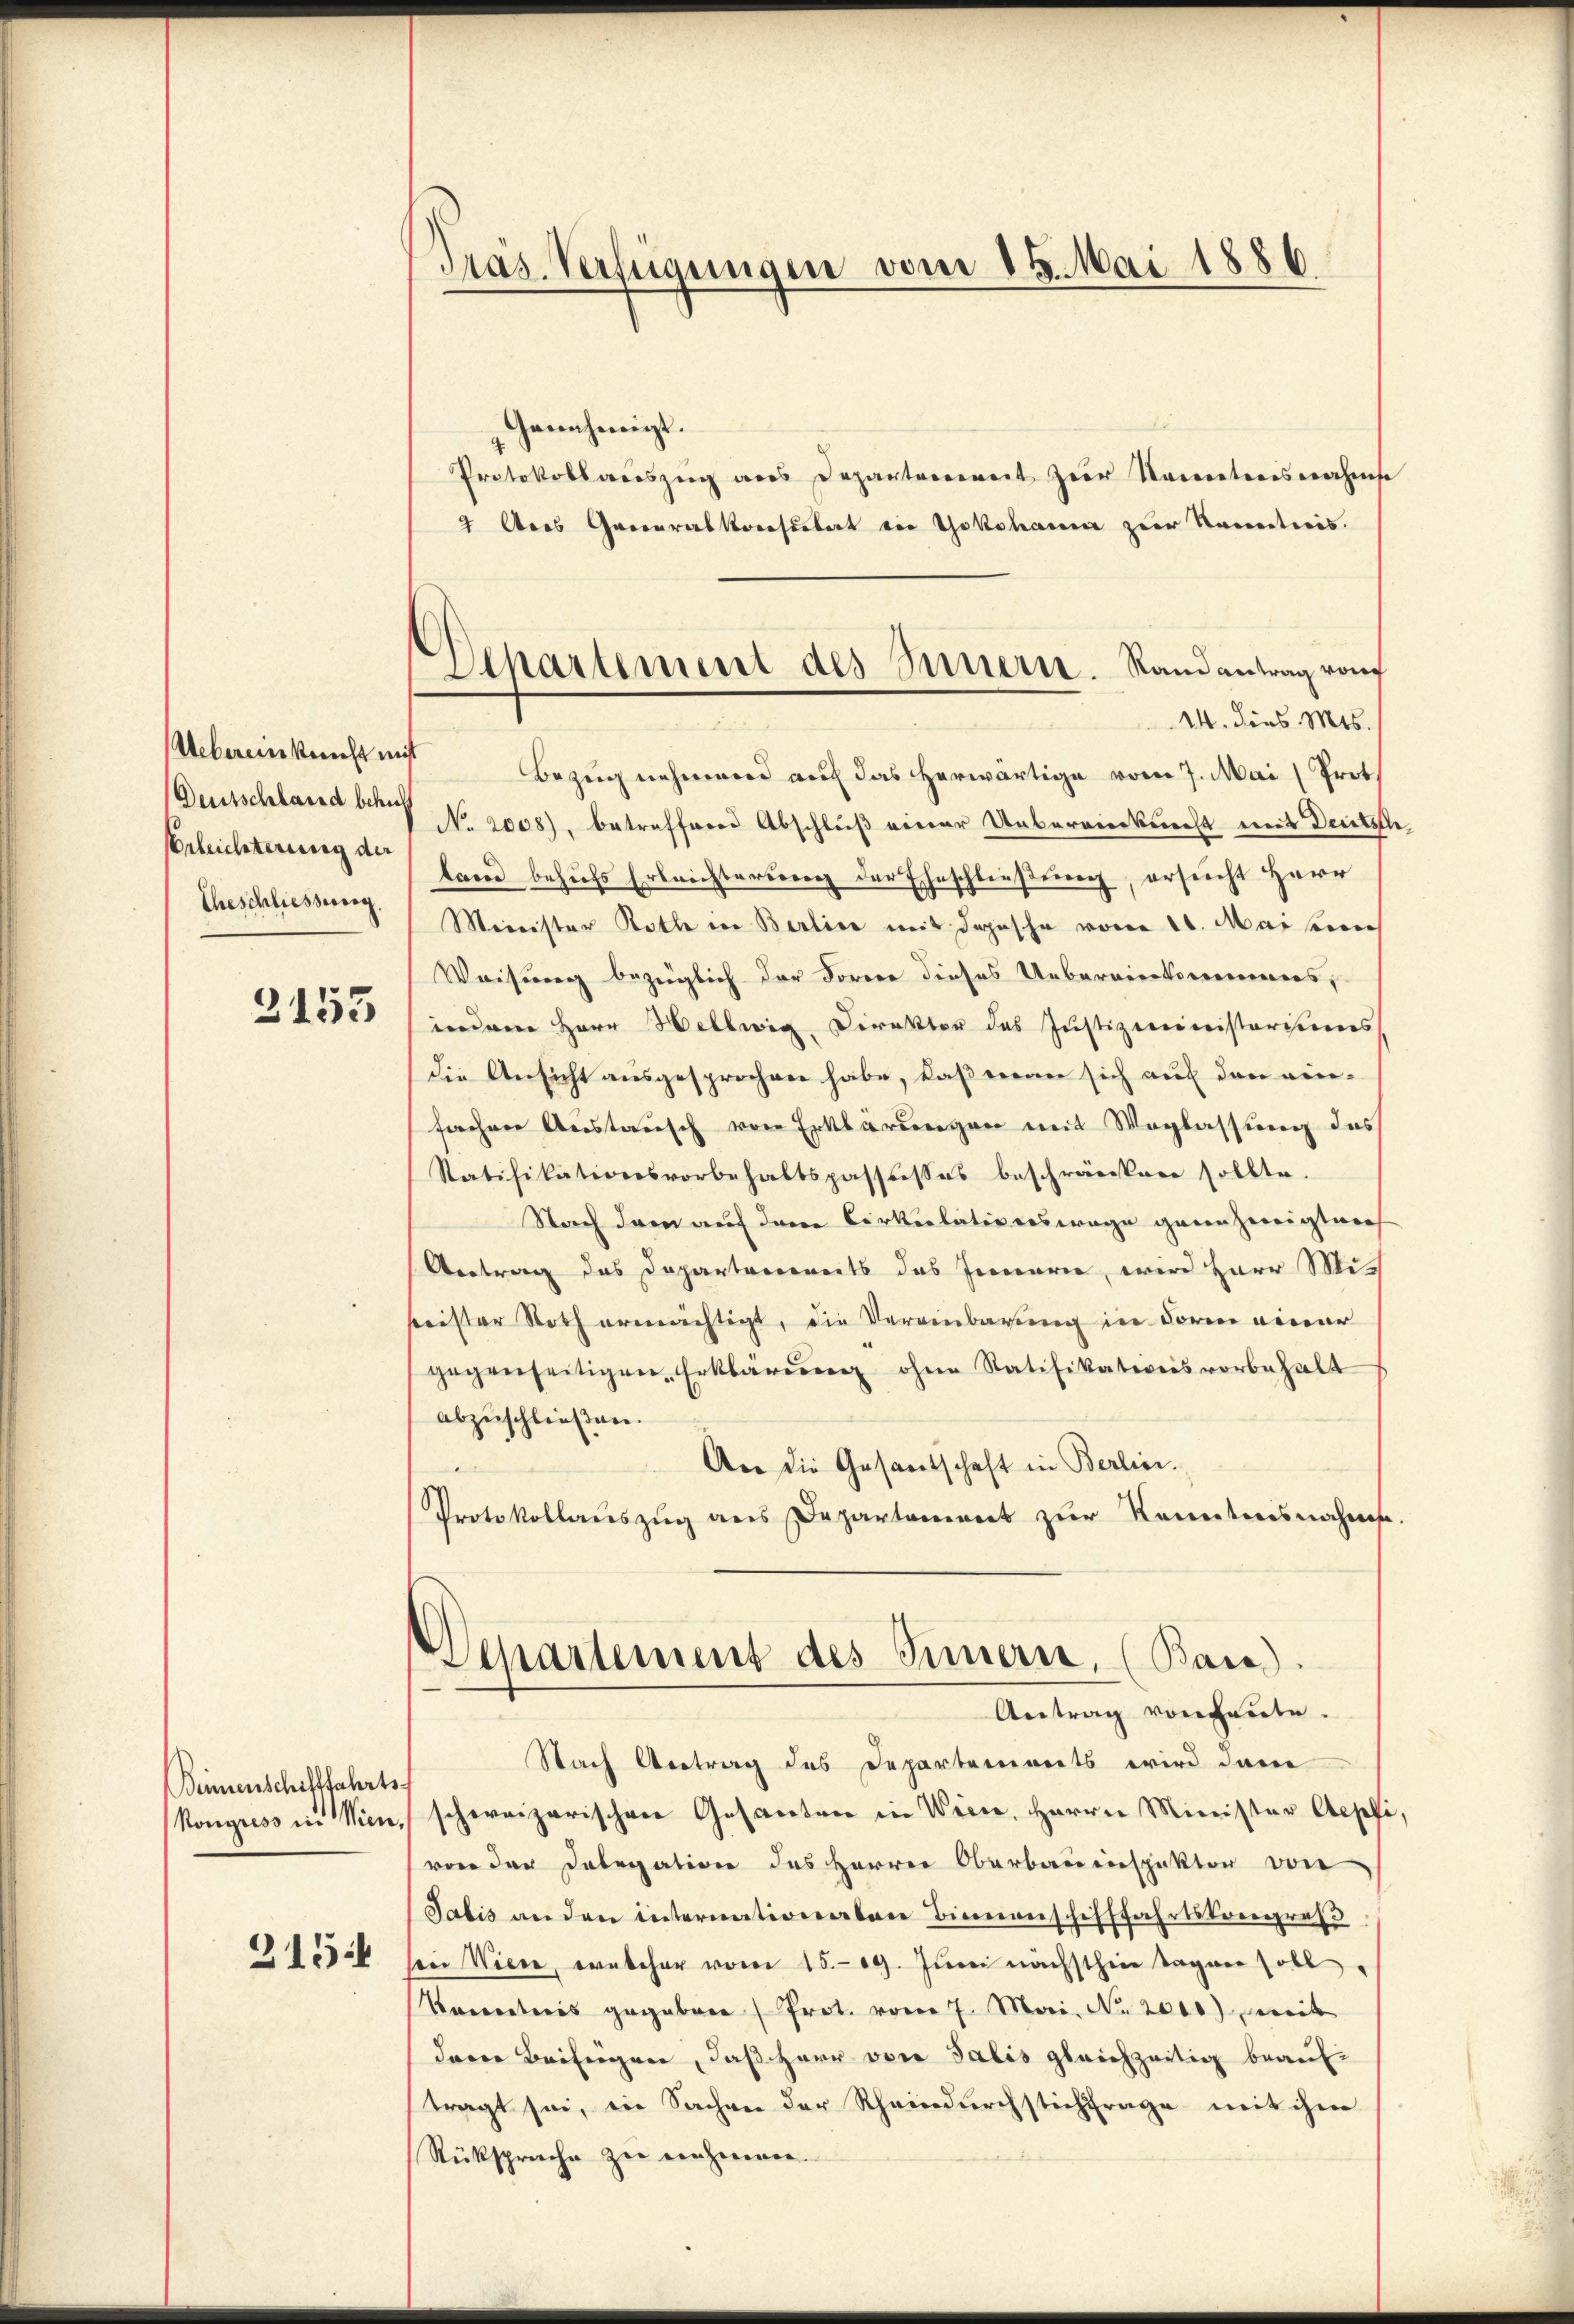
Uebereinkunft mit
Deutschland behuf
Beleichterung der
Eheschliessung.

2153

Binnenschifffahrts-
315

Pras. Verfügungen vom 15. Mai 1886.

Departement des Innern. Randantrag von

Genehmigt.
Protokollauszug aus Depantverweit zur Namentensnahmse
2 Dies Generalkonsulat in Yokohama zur Komenticis.
14. dies Mts.
Bezug nehmend auch das herwärtige vom 7. Mai (Prot.
No. 2008), betreffend Abschluß einer Uebereinkunft mit Deutsch
land behufs Erleichterung der Eheschließung, ersucht Herr
Meinister Rathe in Berline mit Depesche vom 20. Mai sich
Weisung bezüglich der Forrer dieses Uebernierkorenenes,
indem Herr Hellwig Direktor des Justizministerisions
die Ansicht ausgesprochen habe, daß man sich auf den einfachen Austausch von Erklärungen mit Weglassung des
Ratifikationsvorbehaltspassisses beschränken sollte.
Nach dem auf dene Cirkulativers wege gerenzeigt werf
Antrag des Departements das Jenarie, wird Herr Miseister Noth ermächtigt, die Vereinbarung in Form einer
gegenseitigen Erklärung ohne Ratifikationsvorbehalt
abzuschließen.
An die Gesandschaft in Berlini
Protokollaŭszŭg ans Departement zŭr Kenntnisnahme.
Departement des Innern, (Bau).
Antrag von heute.
Nach Antrag des Departements wird dann
kongress in Min. schweizerischen Gesanten in Wien, Herrn Minister Aepfi,
von der Delegation des Herren Oberbauenspektor von
Salis an den internationalen Bienenschifffahrtskongress
sein Wiese, welcher vom 15. 19. Juni nächsthin tagner soll
Koratoris gegebene Prot. vom 7. Mai. No. 2000) Bereit
dare Beifügen, daß Herr von Salis gleichzeitig beauftragt sei, in Sachen der Rheindurchstichtrage mit ihm
Rüksprache zu einheimen